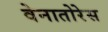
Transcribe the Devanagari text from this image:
वेनातोरेस